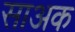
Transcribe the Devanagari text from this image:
साअक